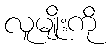
လူမျိုးကို